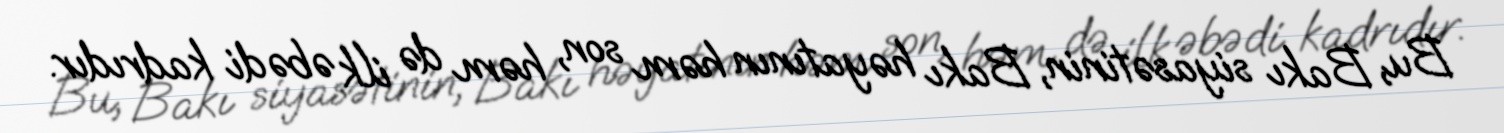
Bu, Bakı siyasətinin, Bakı həyatının həm son, həm də ilk əbədi kadrıdır.